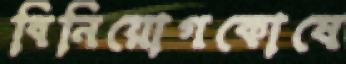
বিনিয়োগকোষে